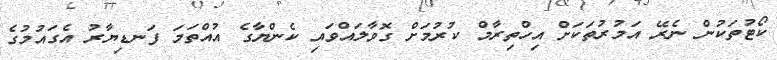
ކޯޓުތަކުން ނެރޭ އަމުރުތަކަށް އިހްތިރާމް ކުރުމަށް ގޮވާލައްވައި ކެންޔާގެ އުއްތަމަ ފަނޑިޔާރު އެގައުމުގެ